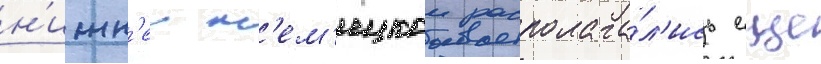
н'ижн'еи н'ем'ецкои располага́л'ись еще